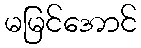
မမြင်အောင်